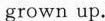
grown up.